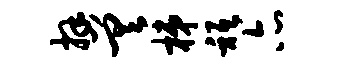
拜差梯只亦